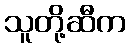
သူတို့ဆီက